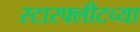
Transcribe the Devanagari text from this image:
स्टारफ्लीटच्या